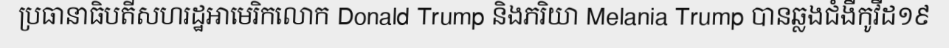
ប្រធានាធិបតីសហរដ្ឋអាមេរិកលោក Donald Trump និងភរិយា Melania Trump បានឆ្លងជំងឺកូវីដ១៩